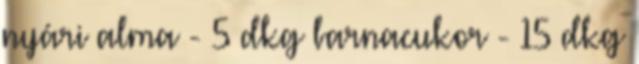
nyári alma - 5 dkg barnacukor - 15 dkg